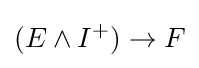
(E\wedge I^{+})\to F